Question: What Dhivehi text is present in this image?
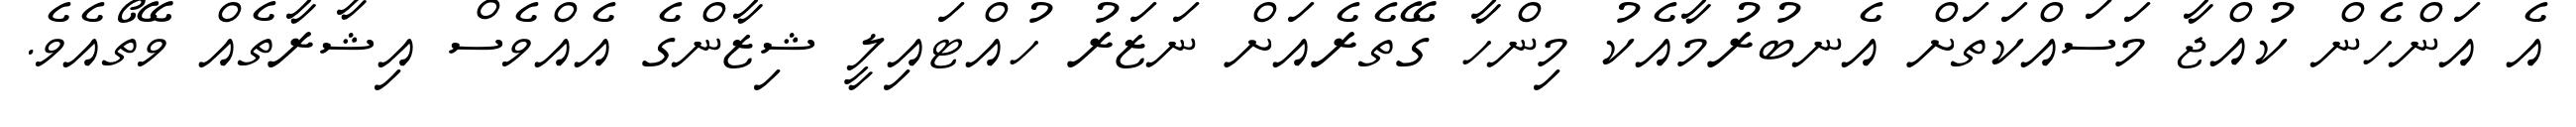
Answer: އެ އަންހެން ކުއްޖާ މަސައްކަތަށް އެނބުރުމާއެކު މިންހާ ގޭތެރެއަށް ނަޒަރު ހުއްޓައިލީ ޝިޒާންގެ އެއްވެސް އިޝާރާތެއް ވޭތޯއެވެ.